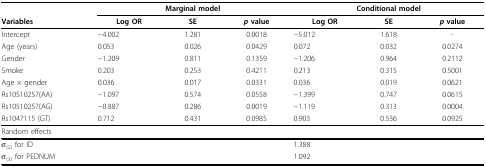
|  | <COLSPAN=3> Marginal model | <COLSPAN=3> Conditional model |
 | Variables | Log OR | SE | p value | Log OR | SE | p value |
 | --- | --- | --- | --- | --- | --- | --- |
 | Intercept | −4.002 | 1.281 | 0.0018 | −5.012 | 1.618 | - |
 | Age (years) | 0.053 | 0.026 | 0.0429 | 0.072 | 0.032 | 0.0274 |
 | Gender | −1.209 | 0.811 | 0.1359 | −1.206 | 0.964 | 0.2112 |
 | Smoke | 0.203 | 0.253 | 0.4211 | 0.213 | 0.315 | 0.5001 |
 | Age × gender | 0.036 | 0.017 | 0.0331 | 0.036 | 0.019 | 0.0621 |
 | Rs10510257(AA) | −1.097 | 0.574 | 0.0558 | −1.399 | 0.747 | 0.0615 |
 | Rs10510257(AG) | −0.887 | 0.286 | 0.0019 | −1.119 | 0.313 | 0.0004 |
 | Rs1047115 (GT) | 0.712 | 0.431 | 0.0985 | 0.903 | 0.536 | 0.0925 |
 | <COLSPAN=7> Random effects |
 | σ(2) for ID | <COLSPAN=3>  | <COLSPAN=3> 1.388 |
 | σ(3) for PEDNUM | <COLSPAN=3>  | <COLSPAN=3> 1.092 |